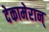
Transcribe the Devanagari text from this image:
देकामेरान्